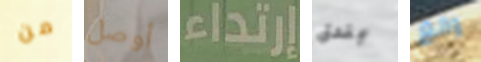
من أوصل إرتداء بندق وانغ